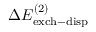
\Delta E _ { \mathrm { e x c h - d i s p } } ^ { ( 2 ) }